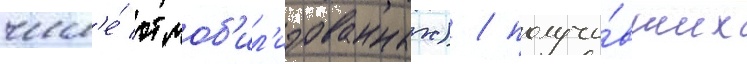
числ'е́ отмоб'ил'изованных) / получи́вших